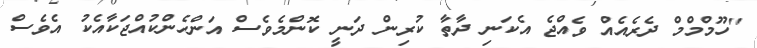
''ހޫމްމްމް ދެރެއެއް ވެއްޖެ އެކަނި ދާތާ ކުރިން ދަނީ ކޮންމެވެސް އަންހެންކުއްޖަކާއެކު އެވެސް